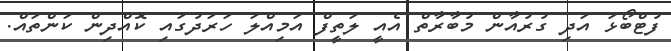
ފުޓްބޯޅަ އަދި ގުރުއާން މުބާރާތް އެއީ ލަތީފް އަމިއްލަ ހަރަދުގައި ކޮއްދިން ކަންތައް.